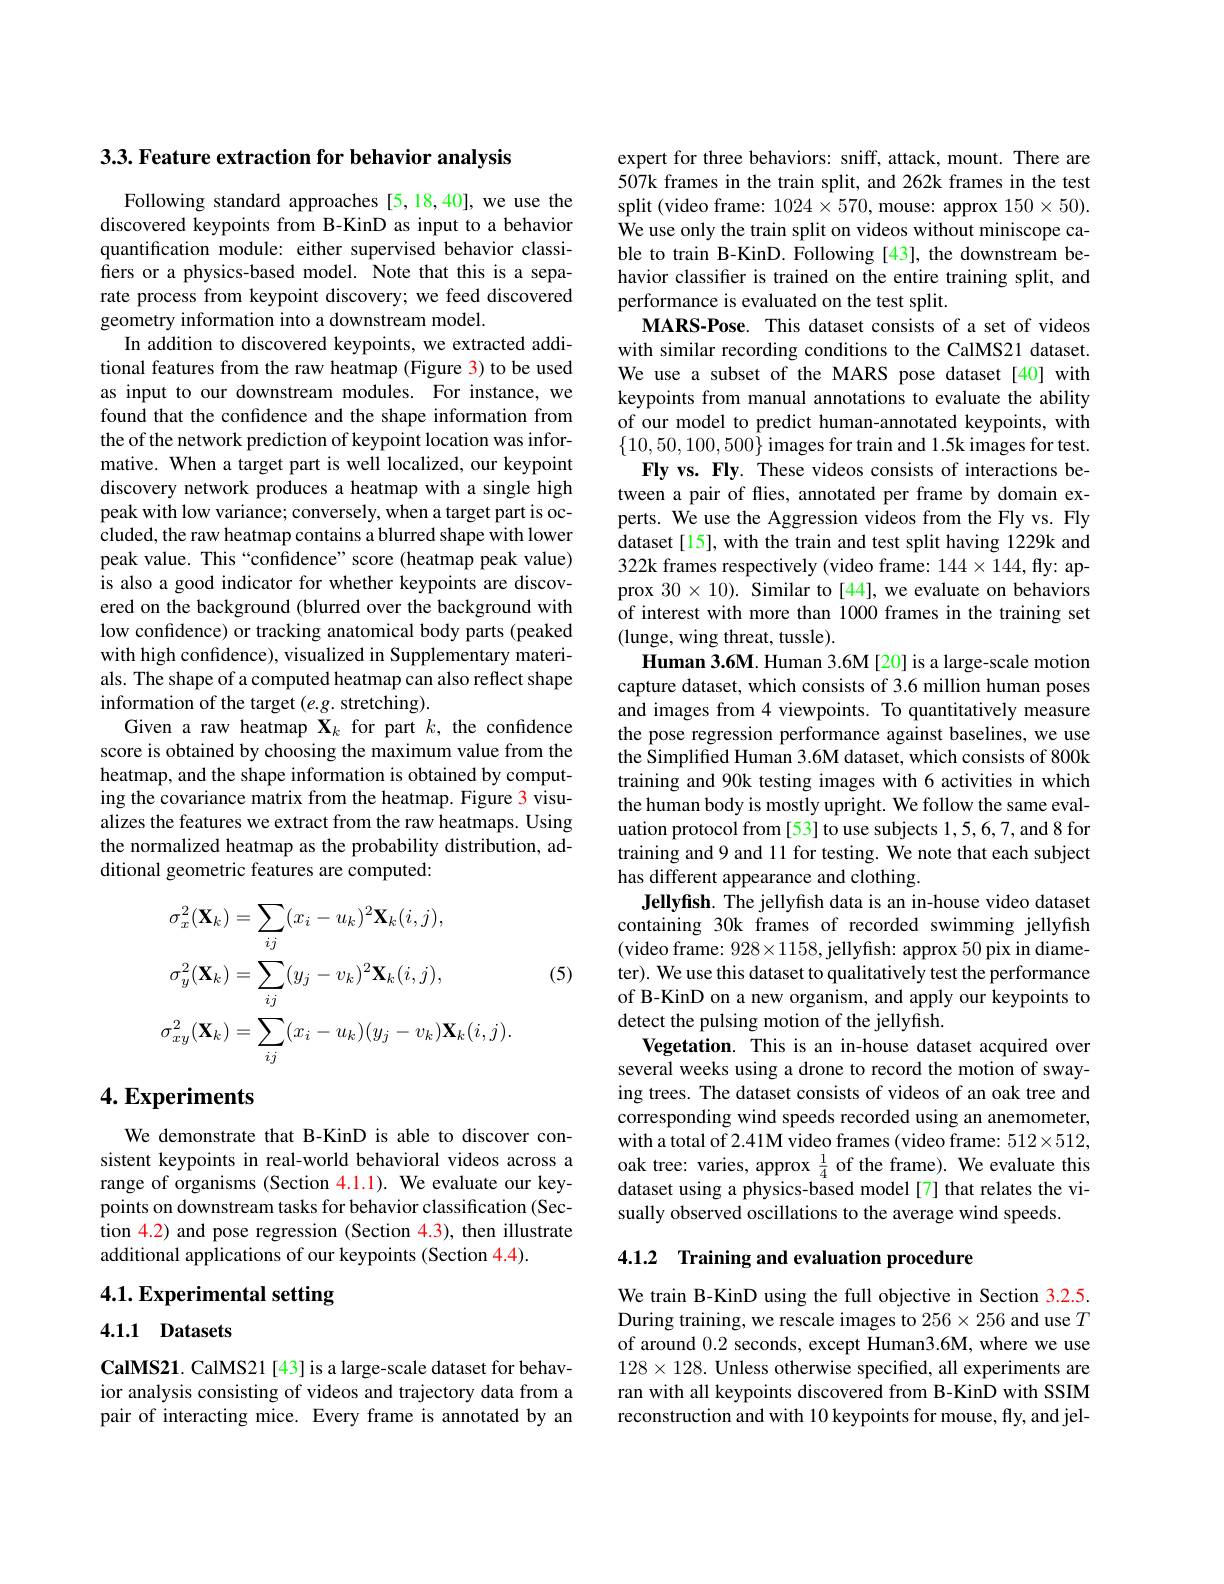
3.3. Feature extraction for behavior analysis

Following standard approaches [5,18,40], we use the discovered keypoints from B-KinD as input to a behavior quantification module: either supervised behavior classi- $\hat{\text{fiers or a physics-based model.}}\hat{\text{Note that this is a sepa-}}$ rate process from keypoint discovery; we feed discovered geometry information into a downstream model.
In addition to discovered keypoints, we extracted additional features from the raw heatmap (Figure 3) to be used as input to our downstream modules. For instance, we found that the confidence and the shape information from the of the network prediction of keypoint location was informative. When a target part is well localized, our keypoint discovery network produces a heatmap with a single high peak with low variance; conversely, when a target part is occluded, the raw heatmap contains a blurred shape with lower peak value. This “confidence”score (heatmap peak value) is also a good indicator for whether keypoints are discovered on the background (blurred over the background with low confidence) or tracking anatomical body parts (peaked with high confidence), visualized in Supplementary materials. The shape of a computed heatmap can also reflect shape information of the target $(e.g.$ stretching).
Given a raw heatmap $\mathbf{X}_k$ for part $k$, the confidence score is obtained by choosing the maximum value from the heatmap, and the shape information is obtained by computing the covariance matrix from the heatmap. Figure 3 visualizes the features we extract from the raw heatmaps. Using the normalized heatmap as the probability distribution, additional geometric features are computed:

(5)
$$\begin{aligned}&\sigma_{x}^{2}(\mathbf{X}_{k})=\sum_{ij}(x_{i}-u_{k})^{2}\mathbf{X}_{k}(i,j),\\&\sigma_{y}^{2}(\mathbf{X}_{k})=\sum_{ij}(y_{j}-v_{k})^{2}\mathbf{X}_{k}(i,j),\\&\sigma_{xy}^{2}(\mathbf{X}_{k})=\sum_{ij}(x_{i}-u_{k})(y_{j}-v_{k})\mathbf{X}_{k}(i,j).\end{aligned}$$
## $4. \textbf{Experiments}$

We demonstrate that B-KinD is able to discover consistent keypoints in real-world behavioral videos across a range of organisms (Section 4.1.1). We evaluate our keypoints on downstream tasks for behavior classification (Section 4.2) and pose regression (Section 4.3), then illustrate additional applications of our keypoints (Section $\color{red}{4.4}).$

## 4.1. Experimental setting

## 4.1.1 Datasets

CalMS21. CalMS21 [43] is a large-scale dataset for behavior analysis consisting of videos and trajectory data from a pair of interacting mice. Every frame is annotated by an

expert for three behaviors: sniff, attack, mount. There are 507k frames in the train split, and 262k frames in the test split (video frame: $1024\times570$, mouse: approx $150\times50).$ We use only the train split on videos without miniscope cable to train B-KinD. Following [43], the downstream behavior classifier is trained on the entire training split, and performance is evaluated on the test split.
MARS-Pose. This dataset consists of a set of videos with similar recording conditions to the CalMS21 dataset. We use a subset of the MARS pose dataset[40] with keypoints from manual annotations to evaluate the ability of our model to predict human-annotated keypoints, with $\{10,50,100,500\}$ images for train and 1.5k images for test.
Fly vs. Fly. These videos consists of interactions between a pair of flies, annotated per frame by domain experts. We use the Aggression videos from the Fly vs. Fly dataset [15], with the train and test split having 1229k and 322k frames respectively (video frame: $144\times144$, fly: approx $30\times10).$ Similar to [44], we evaluate on behaviors of interest with more than 1000 frames in the training set (lunge, wing threat, tussle).
Human 3.6M. Human 3.6M [20] is a large-scale motion capture dataset, which consists of 3.6 million human poses and images from 4 viewpoints. To quantitatively measure the pose regression performance against baselines, we use the Simplified Human 3.6M dataset, which consists of 800k training and 90k testing images with 6 activities in which the human body is mostly upright. We follow the same evaluation protocol from [53] to use subjects 1,5,6,7, and 8 for training and 9 and 11 for testing. We note that each subject has different appearance and clothing.
Jellyfish. The jellyfish data is an in-house video dataset containing 30k frames of recorded swimming jellyfish (video frame: $928\times1158$, jellyfish: approx 50 pix in diameter). We use this dataset to qualitatively test the performance of B-KinD on a new organism, and apply our keypoints to detect the pulsing motion of the jellyfish.
Vegetation. This is an in-house dataset acquired over several weeks using a drone to record the motion of swaying trees. The dataset consists of videos of an oak tree and corresponding wind speeds recorded using an anemometer, with a total of 2.41M video frames (video frame: 512×512, oak tree: varies, approx $\frac14$ of the frame). We evaluate this dataset using a physics-based model[7] that relates the visually observed oscillations to the average wind speeds

4.1.2 Training and evaluation procedure

We train B-KinD using the full objective in Section 3.2.5. During training, we rescale images to $256\times256$ and use $T$ of around 0.2 seconds, except Human3.6M, where we use $128\times128.$ Unless otherwise specified, all experiments are ran with all keypoints discovered from B-KinD with SSIM reconstruction and with 10 keypoints for mouse, fly, and jel-